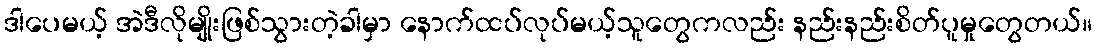
ဒါပေမယ့် အဲဒီလိုမျိုးဖြစ်သွားတဲ့ခါမှာ နောက်ထပ်လုပ်မယ့်သူတွေကလည်း နည်းနည်းစိတ်ပူမှုတွေတယ်။